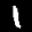
Label: 1